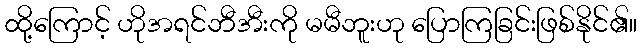
ထို့ကြောင့် ဟိုအရင်ဘီအီးကို မမီဘူးဟု ပြောကြခြင်းဖြစ်နိုင်၏။